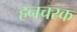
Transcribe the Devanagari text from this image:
हनचरक